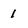
Character: 1